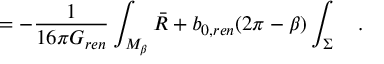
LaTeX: = - { \frac { 1 } { 1 6 \pi G _ { r e n } } } \int _ { M _ { \beta } } \bar { R } + b _ { 0 , r e n } ( 2 \pi - \beta ) \int _ { \Sigma } ~ ~ ~ .